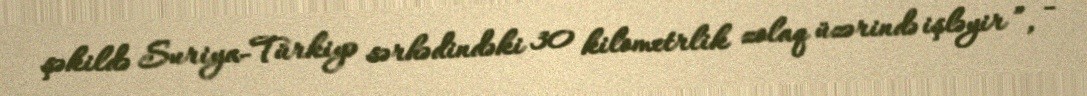
şəkildə Suriya-Türkiyə sərhədindəki 30 kilometrlik zolaq üzərində işləyir ”, -